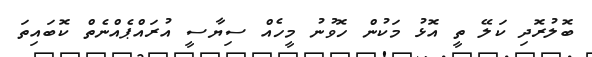
ބޮލުރޮދި ކަލޭ ތީ އޮޅު މަކުން ހޮވުނު މީހެއް ސިޔާސީ އުރައްޕެއްނެތް ކޮބައިތަ